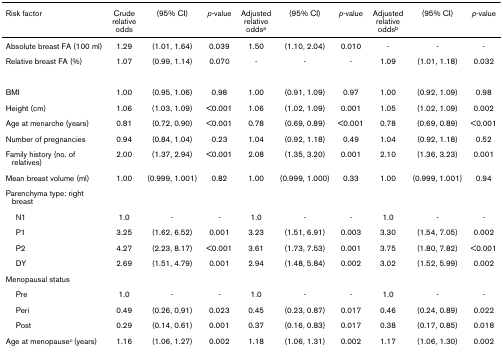
<table><thead><tr><td><b>Risk factor</b></td><td><b>Crude relative odds</b></td><td><b>(95% CI)</b></td><td><b><i>p</i>-value</b></td><td><b>Adjusted relative odds<sup>a</sup></b></td><td><b>(95% CI)</b></td><td><b><i>p</i>-value</b></td><td><b>Adjusted relative odds<sup>b</sup></b></td><td><b>(95% CI)</b></td><td><b><i>p</i>-value</b></td></tr></thead><tbody><tr><td>Absolute breast FA (100 ml)</td><td>1.29</td><td>(1.01, 1.64)</td><td>0.039</td><td>1.50</td><td>(1.10, 2.04)</td><td>0.010</td><td>-</td><td>-</td><td>-</td></tr><tr><td>Relative breast FA (%)</td><td>1.07</td><td>(0.99, 1.14)</td><td>0.070</td><td>-</td><td>-</td><td>-</td><td>1.09</td><td>(1.01, 1.18)</td><td>0.032</td></tr><tr><td>BMI</td><td>1.00</td><td>(0.95, 1.06)</td><td>0.98</td><td>1.00</td><td>(0.91, 1.09)</td><td>0.97</td><td>1.00</td><td>(0.92, 1.09)</td><td>0.98</td></tr><tr><td>Height (cm)</td><td>1.06</td><td>(1.03, 1.09)</td><td>&lt;0.001</td><td>1.06</td><td>(1.02, 1.09)</td><td>0.001</td><td>1.05</td><td>(1.02, 1.09)</td><td>0.002</td></tr><tr><td>Age at menarche (years)</td><td>0.81</td><td>(0.72, 0.90)</td><td>&lt;0.001</td><td>0.78</td><td>(0.69, 0.89)</td><td>&lt;0.001</td><td>0.78</td><td>(0.69, 0.89)</td><td>&lt;0.001</td></tr><tr><td>Number of pregnancies</td><td>0.94</td><td>(0.84, 1.04)</td><td>0.23</td><td>1.04</td><td>(0.92, 1.18)</td><td>0.49</td><td>1.04</td><td>(0.92, 1.18)</td><td>0.52</td></tr><tr><td>Family history (no. of relatives)</td><td>2.00</td><td>(1.37, 2.94)</td><td>&lt;0.001</td><td>2.08</td><td>(1.35, 3.20)</td><td>0.001</td><td>2.10</td><td>(1.36, 3.23)</td><td>0.001</td></tr><tr><td>Mean breast volume (ml)</td><td>1.00</td><td>(0.999, 1.001)</td><td>0.82</td><td>1.00</td><td>(0.999, 1.000)</td><td>0.33</td><td>1.00</td><td>(0.999, 1.001)</td><td>0.94</td></tr><tr><td>Parenchyma type: right breast</td><td></td><td></td><td></td><td></td><td></td><td></td><td></td><td></td><td></td></tr><tr><td> N1</td><td>1.0</td><td>-</td><td>-</td><td>1.0</td><td>-</td><td>-</td><td>1.0</td><td>-</td><td>-</td></tr><tr><td> P1</td><td>3.25</td><td>(1.62, 6.52)</td><td>0.001</td><td>3.23</td><td>(1.51, 6.91)</td><td>0.003</td><td>3.30</td><td>(1.54, 7.05)</td><td>0.002</td></tr><tr><td> P2</td><td>4.27</td><td>(2.23, 8.17)</td><td>&lt;0.001</td><td>3.61</td><td>(1.73, 7.53)</td><td>0.001</td><td>3.75</td><td>(1.80, 7.82)</td><td>&lt;0.001</td></tr><tr><td> DY</td><td>2.69</td><td>(1.51, 4.79)</td><td>0.001</td><td>2.94</td><td>(1.48, 5.84)</td><td>0.002</td><td>3.02</td><td>(1.52, 5.99)</td><td>0.002</td></tr><tr><td>Menopausal status</td><td></td><td></td><td></td><td></td><td></td><td></td><td></td><td></td><td></td></tr><tr><td> Pre</td><td>1.0</td><td>-</td><td>-</td><td>1.0</td><td>-</td><td>-</td><td>1.0</td><td>-</td><td>-</td></tr><tr><td> Peri</td><td>0.49</td><td>(0.26, 0.91)</td><td>0.023</td><td>0.45</td><td>(0.23, 0.87)</td><td>0.017</td><td>0.46</td><td>(0.24, 0.89)</td><td>0.022</td></tr><tr><td> Post</td><td>0.29</td><td>(0.14, 0.61)</td><td>0.001</td><td>0.37</td><td>(0.16, 0.83)</td><td>0.017</td><td>0.38</td><td>(0.17, 0.85)</td><td>0.018</td></tr><tr><td>Age at menopause<sup>c </sup>(years)</td><td>1.16</td><td>(1.06, 1.27)</td><td>0.002</td><td>1.18</td><td>(1.06, 1.31)</td><td>0.002</td><td>1.17</td><td>(1.06, 1.30)</td><td>0.002</td></tr></tbody></table>